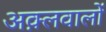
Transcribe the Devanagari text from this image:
अक़्लवालों